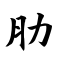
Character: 肋